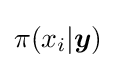
\pi (x_{i}|{\boldsymbol {y}})